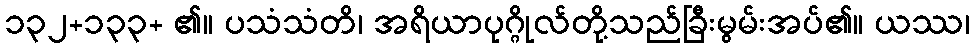
၁၃၂+၁၃၃+ ၏။ ပသံသံတိ၊ အရိယာပုဂ္ဂိုလ်တို့သည်ခြီးမွမ်းအပ်၏။ ယဿ၊